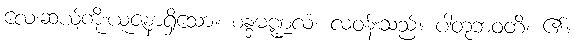
လေးဆယ့်ကိုးယူဇနာရှိသော။ စန္ဒမဏ္ဍလံ၊ လဝန်းသည်။ ပါတုဘဝတိ၊ ၏။